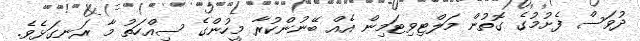
ދުވަސް ފެށުމުގެ ގޮތުން މަލްޓިވިޓަމިިން އެއް ބޭނުންކުރާ މީހުންގެ ސިއްހަތު މާ ރަނގަޅެވެ.